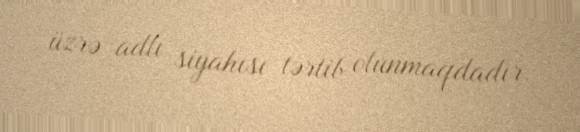
üzrə adlı siyahısı tərtib olunmaqdadır.